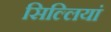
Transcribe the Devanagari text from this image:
सिल्लियां